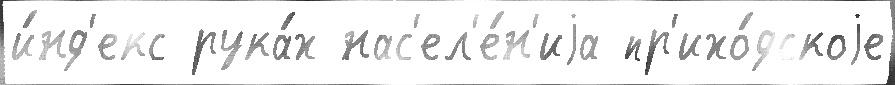
и́нд'екс рука́х нас'ел'е́н'иjа пр'ихо́дскоjе